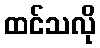
ထင်သလို